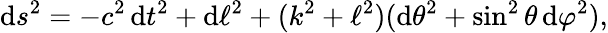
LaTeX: \mathrm{d}s^{2}=-c^{2}\, \mathrm{d}t^{2}+\mathrm{d}\ell^{2}+(k^{2}+\ell^{2})(\mathrm{d}\theta^{2}+\sin^{2}\theta\, \mathrm{d}\varphi^{2}),